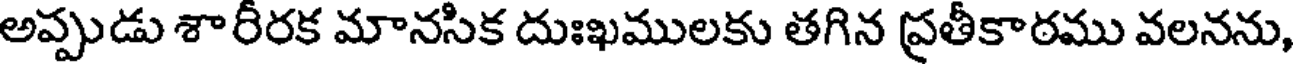
అప్పుడు శారీరక మానసిక దుఃఖములకు తగిన ప్రతీకాఠము వలనను,